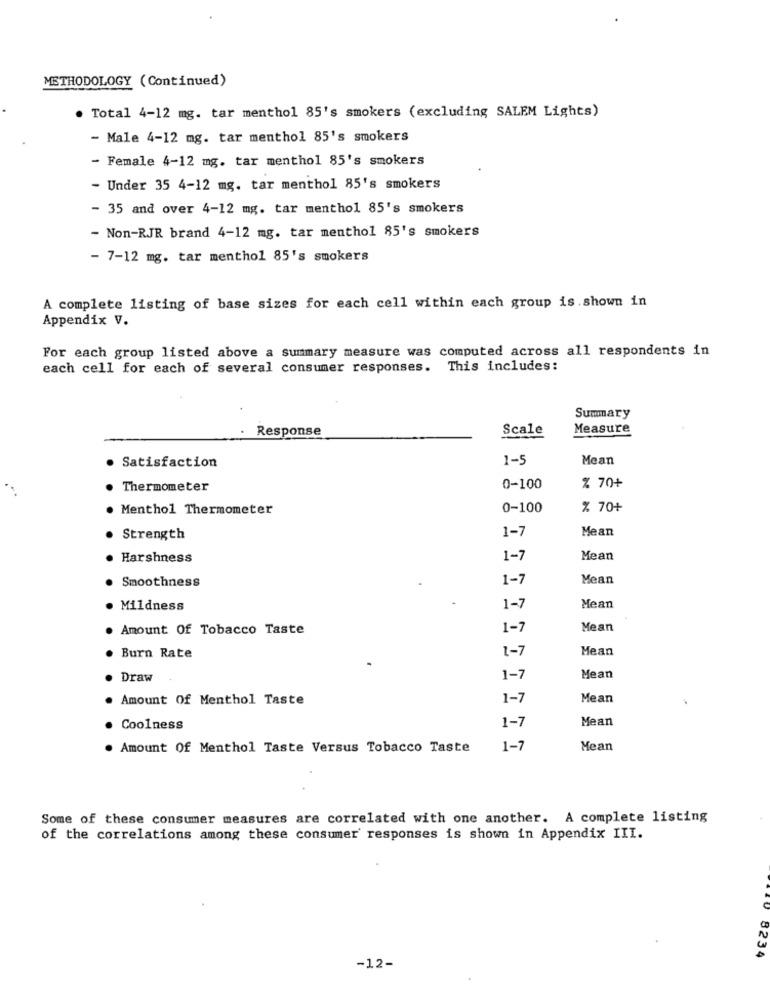
METHODOLOGY (Continued)
. Total 4-12 mg. tar menthol 85's smokers (excluding SALEM Lights)
- Male 4-12 mg. tar menthol 85's smokers
- Female 4-12 mg. tar menthol 85's smokers
- Under 35 4-12 mg. tar menthol 85's smokers
35 and over 4-12 mg. tar menthol 85's smokers
- Non-RJR brand 4-12 mg. tar menthol 85's smokers
- 7-12 mg. tar menthol 85's smokers
A complete listing of base sizes for each cell within each group is.shown in
Appendix V.
For each group listed above a summary measure was computed across all respondents in
each cell for each of several consumer responses. This includes:
Summary
Response
Scale
Measure
1-5
Mean
· Satisfaction
Thermometer
0-100
% 70+
. Menthol Thermometer
0-100
% 70+
1-7
Mean
Strength
· Harshness
1-1
Mean
Smoothness
1-7
Mean
Mildness
1-7
Mean
Amount Of Tobacco Taste
1-7
Mean
1-7
Mean
Burn Rate
Draw
1-7
Mean
Amount Of Menthol Taste
1-7
Mean
Mean
· Coolness
1-7
. Amount Of Menthol Taste Versus Tobacco Taste
1-7
Mean
Some of these consumer measures are correlated with one another. A complete listing
of the correlations among these consumer responses is shown in Appendix III.
8234
-12-